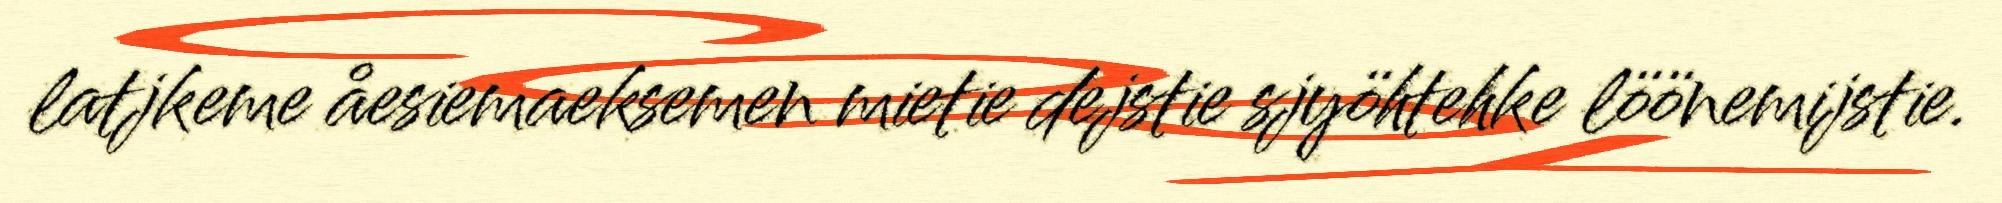
latjkeme åesiemaeksemen mietie dejstie sjyöhtehke löönemijstie.